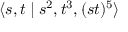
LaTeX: \langle s , t \mid s ^ { 2 } , t ^ { 3 } , ( s t ) ^ { 5 } \rangle